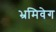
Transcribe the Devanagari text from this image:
भ्रमिवेग